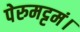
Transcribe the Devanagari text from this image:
पेरुमट्टमं।